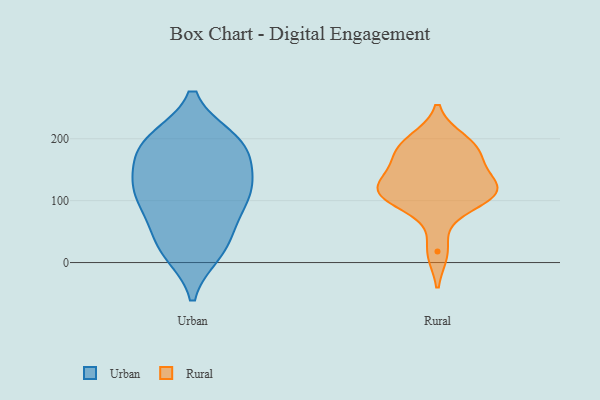
{"axis": {"x": "Churn Rate (%)", "y": "Value"}, "legend": ["Rural", "Urban"], "data": [{"x": "", "y": 199, "type": "Urban"}, {"x": "", "y": 134, "type": "Urban"}, {"x": "", "y": 57, "type": "Urban"}, {"x": "", "y": 186, "type": "Urban"}, {"x": "", "y": 114, "type": "Urban"}, {"x": "", "y": 159, "type": "Urban"}, {"x": "", "y": 24, "type": "Urban"}, {"x": "", "y": 97, "type": "Urban"}, {"x": "", "y": 188, "type": "Urban"}, {"x": "", "y": 21, "type": "Urban"}, {"x": "", "y": 196, "type": "Urban"}, {"x": "", "y": 72, "type": "Urban"}, {"x": "", "y": 106, "type": "Urban"}, {"x": "", "y": 135, "type": "Urban"}, {"x": "", "y": 198, "type": "Urban"}, {"x": "", "y": 16, "type": "Urban"}, {"x": "", "y": 120, "type": "Urban"}, {"x": "", "y": 93, "type": "Rural"}, {"x": "", "y": 118, "type": "Rural"}, {"x": "", "y": 196, "type": "Rural"}, {"x": "", "y": 187, "type": "Rural"}, {"x": "", "y": 169, "type": "Rural"}, {"x": "", "y": 18, "type": "Rural"}, {"x": "", "y": 119, "type": "Rural"}, {"x": "", "y": 119, "type": "Rural"}, {"x": "", "y": 111, "type": "Rural"}, {"x": "", "y": 123, "type": "Rural"}, {"x": "", "y": 174, "type": "Rural"}]}